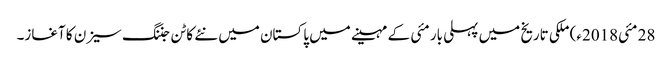
28 مئی2018ء) ملکی تاریخ میں پہلی بار مئی کے مہینے میں پاکستان میں نئے کاٹن جننگ سیزن کا آغاز۔